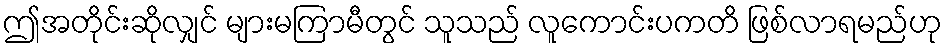
ဤအတိုင်းဆိုလျှင် များမကြာမီတွင် သူသည် လူကောင်းပကတိ ဖြစ်လာရမည်ဟု